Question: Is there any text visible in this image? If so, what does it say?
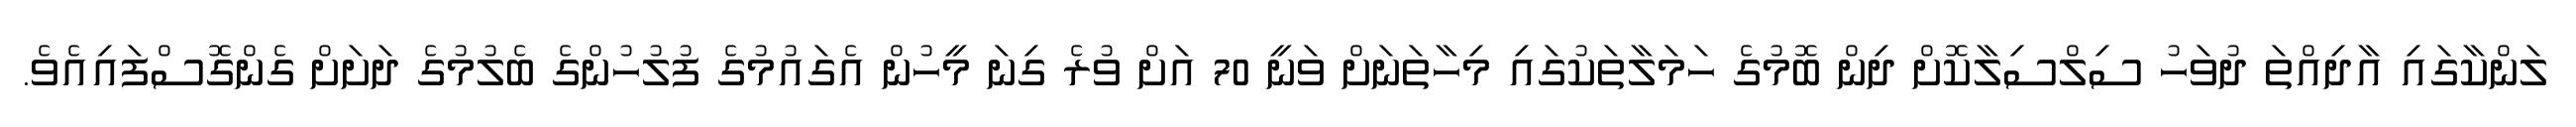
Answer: ލަންކާގައި އާދިއްތަ ދުވަހު ސިލްސިލާކޮށް ދިން ބޮމުގެ ހަމަލާތަކުގައި މިހާތަނަށް ވަނީ 70 އަށް ވުރެ ގިނަ މީހުން އެގައުމުގެ ފުލުހުންގެ ބެލުމުގެ ދަށަށް ގެންގޮސްފައިއެވެ.